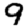
Digit: 9